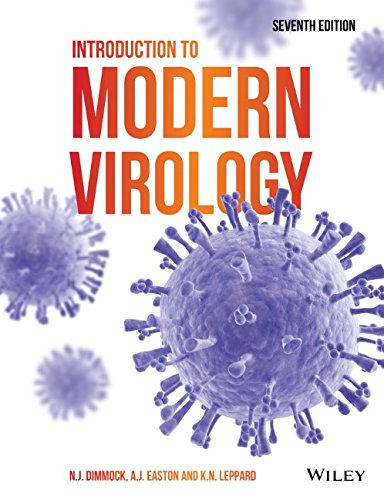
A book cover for Introduction to Modern Virology; Nigel Dimmock; Medical Books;